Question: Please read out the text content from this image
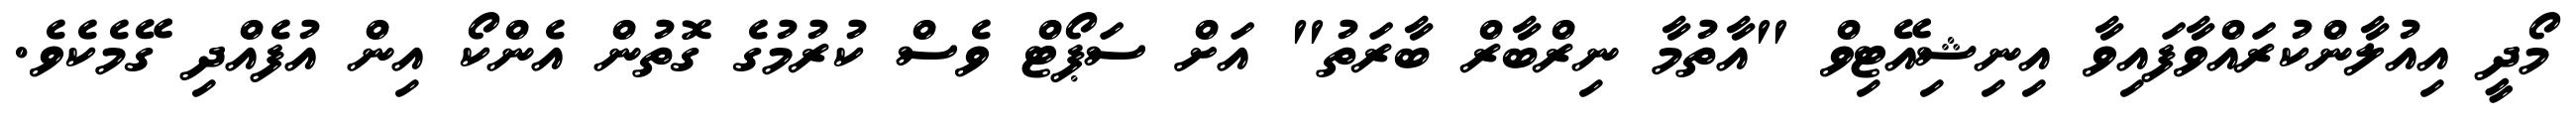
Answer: މޯދީ އިއުލާންކުރައްވާފައިވާ އިނިޝިއޭޓިވް "އާތުމާ ނިރްބާރް ބާރަތު" އަށް ސަޕޯޓް ވެސް ކުރުމުގެ ގޮތުން އެންކޯ އިން އުފެއްދި ގޭމެކެވެ.